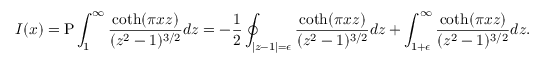
I ( x ) = \mathrm { P } \int _ { 1 } ^ { \infty } \frac { \coth ( \pi x z ) } { ( z ^ { 2 } - 1 ) ^ { 3 / 2 } } d z = - \frac { 1 } { 2 } \oint _ { | z - 1 | = \epsilon } \frac { \coth ( \pi x z ) } { ( z ^ { 2 } - 1 ) ^ { 3 / 2 } } d z + \int _ { 1 + \epsilon } ^ { \infty } \frac { \coth ( \pi x z ) } { ( z ^ { 2 } - 1 ) ^ { 3 / 2 } } d z .